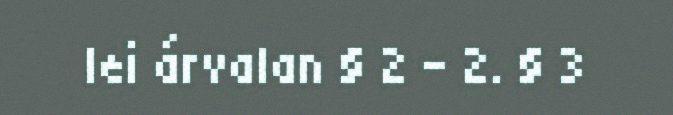
lei árvalan § 2 – 2. § 3